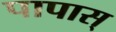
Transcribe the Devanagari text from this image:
पापास्